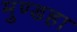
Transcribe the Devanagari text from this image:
मुण्डहा